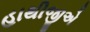
હાથીજીએ